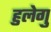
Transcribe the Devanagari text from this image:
हुलेगु